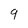
Character: 9